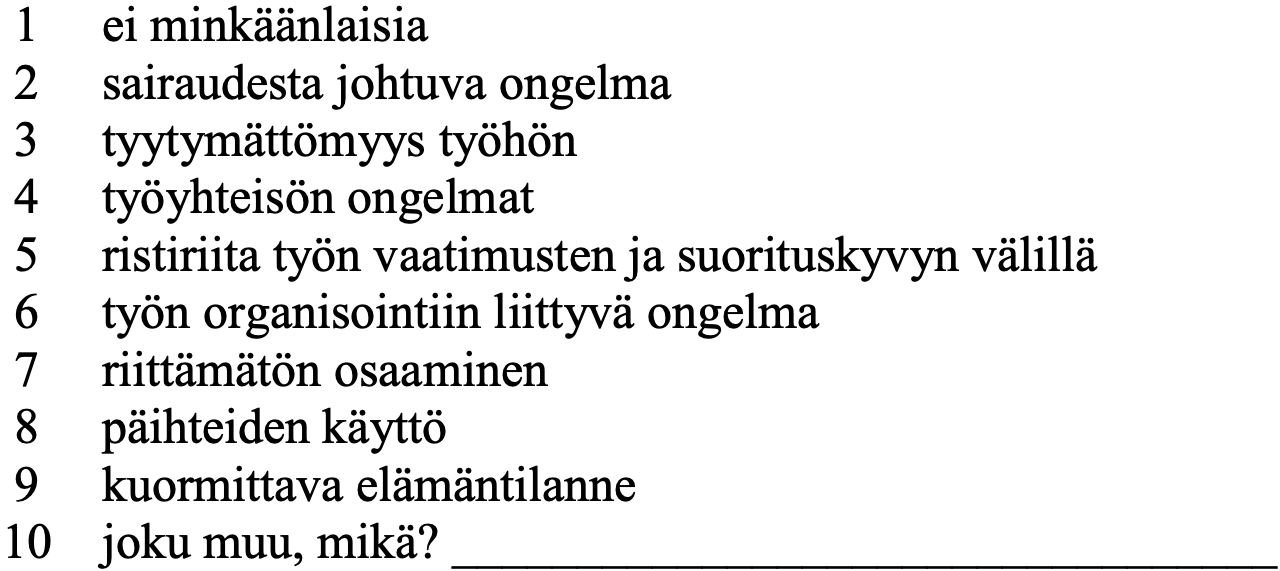
1  ei minkäänlaisia 2  sairaudesta johtuva ongelma 3  tyytymättömyys työhön 4  työyhteisön ongelmat 5  ristiriita työn vaatimusten ja suorituskyvyn välillä 6  työn organisointiin liittyvä ongelma 7  riittämätön osaaminen 8  päihteiden käyttö 9  kuormittava elämäntilanne 10 joku muu, mikä? _________________________________